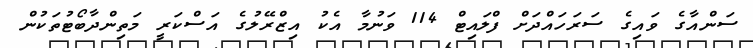
ސަންއާގެ ވައިގެ ސަރަހައްދަށް ފްލައިޓް 114 ވަނުމާ އެކު އިޒްރޭލުގެ އަސްކަރީ މަތިންދާބޯޓުތަކުން